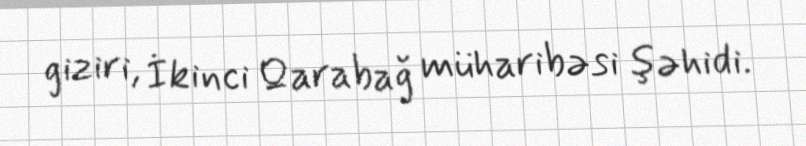
giziri, İkinci Qarabağ müharibəsi şəhidi.